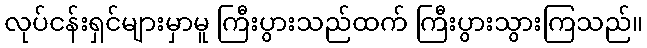
လုပ်ငန်းရှင်များမှာမူ ကြီးပွားသည်ထက် ကြီးပွားသွားကြသည်။